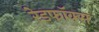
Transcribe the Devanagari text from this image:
रेडफॉक्स